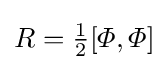
R={\tfrac {1}{2}}[\varPhi ,\varPhi ]